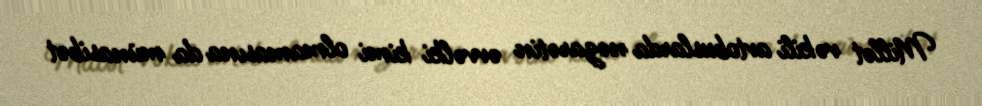
Millət vəkili avtobuslarda nəzarətin əvvəlki kimi olmamasına da münasibət